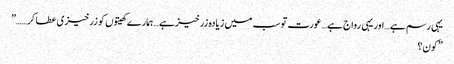
یہی رسم ہے…اور یہی رواج ہے…عورت تو سب میں زیادہ زرخیزہے …ہمارے کھیتوں کو زرخیزی عطا کر……”
”کون؟